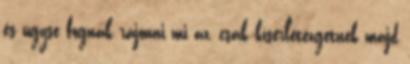
és úgyse fognak rájönni mi az, csak kísérletezgetnek majd